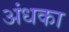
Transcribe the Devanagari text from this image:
अंधका